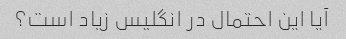
آیا این احتمال در انگلیس زیاد است؟